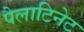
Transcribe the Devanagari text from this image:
पैलाटिनेट